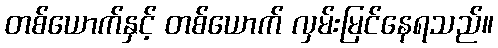
တစ်ယောက်နှင့် တစ်ယောက် လှမ်းမြင်နေရသည်။